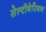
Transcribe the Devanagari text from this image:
सेल्टीबेरियन